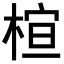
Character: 𪲩